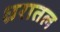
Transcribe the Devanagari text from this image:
ध्ररातल